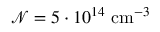
\mathcal { N } = 5 \cdot 1 0 ^ { 1 4 } \mathrm { ~ c m } ^ { - 3 }